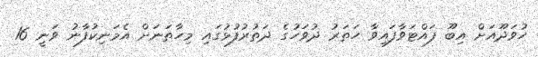
ހުވަދޫއަށް އިބޫ ފައްޓަވާފައިވާ ހަތަރު ދުވަހުގެ ދަތުރުފުޅުގައި މިހާތަނަށް އެމަނިކުފާނު ވަނީ 16